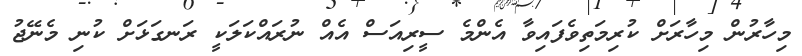
މިހާރުން މިހާރަށް ކުރިމަތިވެފައިވާ އެންމެ ސީރިއަސް އެއް ނުރައްކަލަކީ ރަނގަޅަށް ކުނި މެނޭޖު